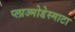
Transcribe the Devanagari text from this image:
प्लाज्मोडेस्माटा